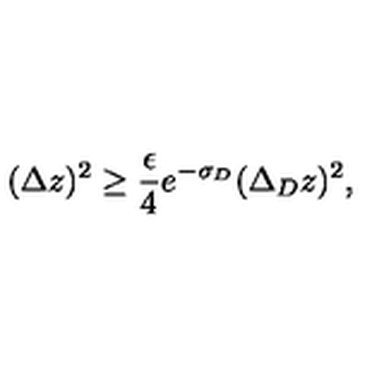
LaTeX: ( \Delta z ) ^ { 2 } \ge { \frac { \epsilon } { 4 } } e ^ { - \sigma _ { D } } ( \Delta _ { D } z ) ^ { 2 } ,